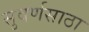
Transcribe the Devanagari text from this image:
सुवर्णसाठा